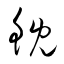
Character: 鯢